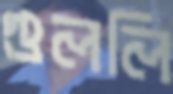
গুললি